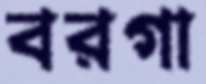
বরগা